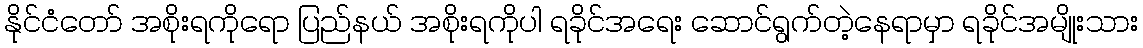
နိုင်ငံတော် အစိုးရကိုရော ပြည်နယ် အစိုးရကိုပါ ရခိုင်အရေး ဆောင်ရွက်တဲ့နေရာမှာ ရခိုင်အမျိုးသား